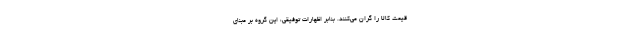
قیمت کالا را گران می‌کنند. بنابر اظهارات توفیقی، این گروه بر مبنای